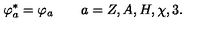
\varphi _ { a } ^ { * } = \varphi _ { a } \qquad a = Z , A , H , \chi , 3 .